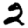
Digit: 2